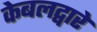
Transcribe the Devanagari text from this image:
केबलद्वारे